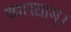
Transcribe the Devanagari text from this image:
व्यास्ताम्।